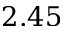
2 . 4 5